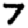
Digit: 7